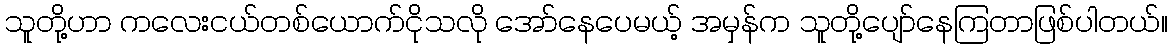
သူတို့ဟာ ကလေးငယ်တစ်ယောက်ငိုသလို အော်နေပေမယ့် အမှန်က သူတို့ပျော်နေကြတာဖြစ်ပါတယ်။